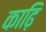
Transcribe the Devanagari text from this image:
काढ़ि